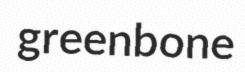
greenbone